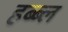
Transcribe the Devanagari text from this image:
हब्ब्ल